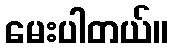
မေးပါတယ်။